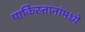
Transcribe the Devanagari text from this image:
पाकिस्तानांमध्ये